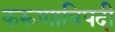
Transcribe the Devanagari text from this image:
करूणात्रिपदी